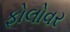
ફોલોવર